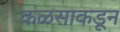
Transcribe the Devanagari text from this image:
कळसाकडून